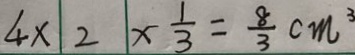
4 \times 2 \times \frac { 1 } { 3 } = \frac { 8 } { 3 } c m ^ { 3 }